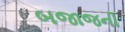
બજાજની